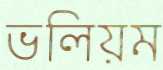
ভলিয়ম